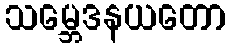
သမ္ဘေဒနယတော